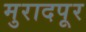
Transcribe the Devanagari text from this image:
मुरादपूर